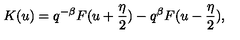
K ( u ) = q ^ { - \beta } F ( u + \frac { \eta } { 2 } ) - q ^ { \beta } F ( u - \frac { \eta } { 2 } ) ,